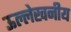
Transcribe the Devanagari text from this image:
ऊल्लेखनीय